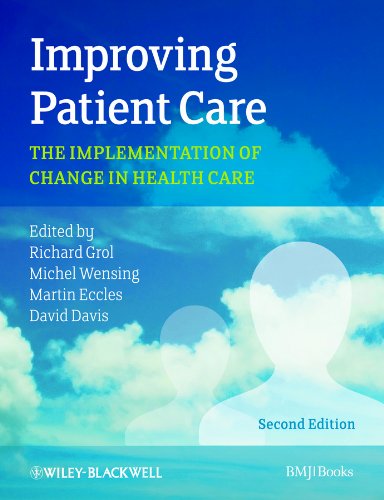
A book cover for Improving Patient Care: The Implementation of Change in Health Care; Medical Books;